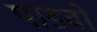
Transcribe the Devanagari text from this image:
पाडवो